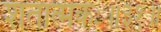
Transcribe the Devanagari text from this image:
शतात्मकः॥३१॥